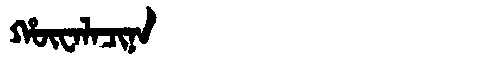
Manchu: ᡥᡡᠸᠠᠯᠠᠴᡳᠨᠠ
Romanization: HŪWALACINA